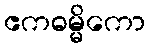
ဧကဓမ္မိကော